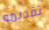
تقديمه